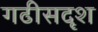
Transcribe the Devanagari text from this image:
गढीसदृश